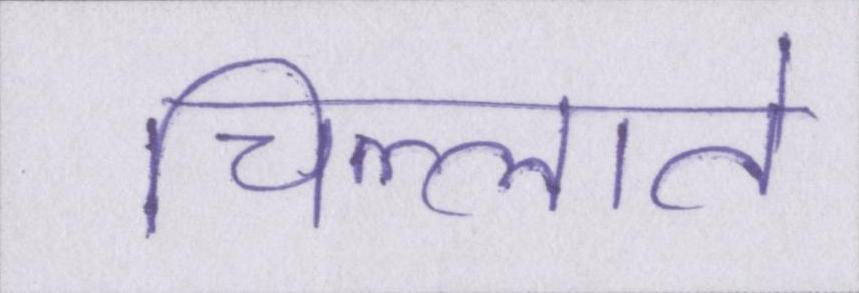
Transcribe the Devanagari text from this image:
चिल्लाते